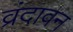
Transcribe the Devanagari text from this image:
व्रंदावन